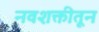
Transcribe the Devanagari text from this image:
नवशक्तीतून